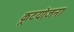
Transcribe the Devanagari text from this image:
कूटयोजना